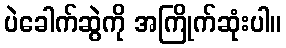
ပဲခေါက်ဆွဲကို အကြိုက်ဆုံးပါ။